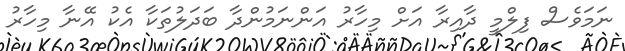
ނަމަވެސް ފިލްމީ ދާއިރާ އަށް މިހާރު އަންނަމުންދާ ބަދަލުތަކާ އެކު އޭނާ މިހާރު